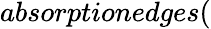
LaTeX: absorptionedges(